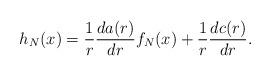
LaTeX: \begin{align*}h_N(x)=\frac{1}{r}\frac{da(r)}{dr}f_N(x)+\frac{1}{r}\frac{dc(r)}{dr}.\end{align*}